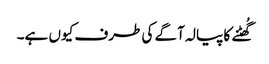
گُھٹنے کا پیالہ آگے کی طرف کیوں ہے۔